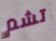
تشم